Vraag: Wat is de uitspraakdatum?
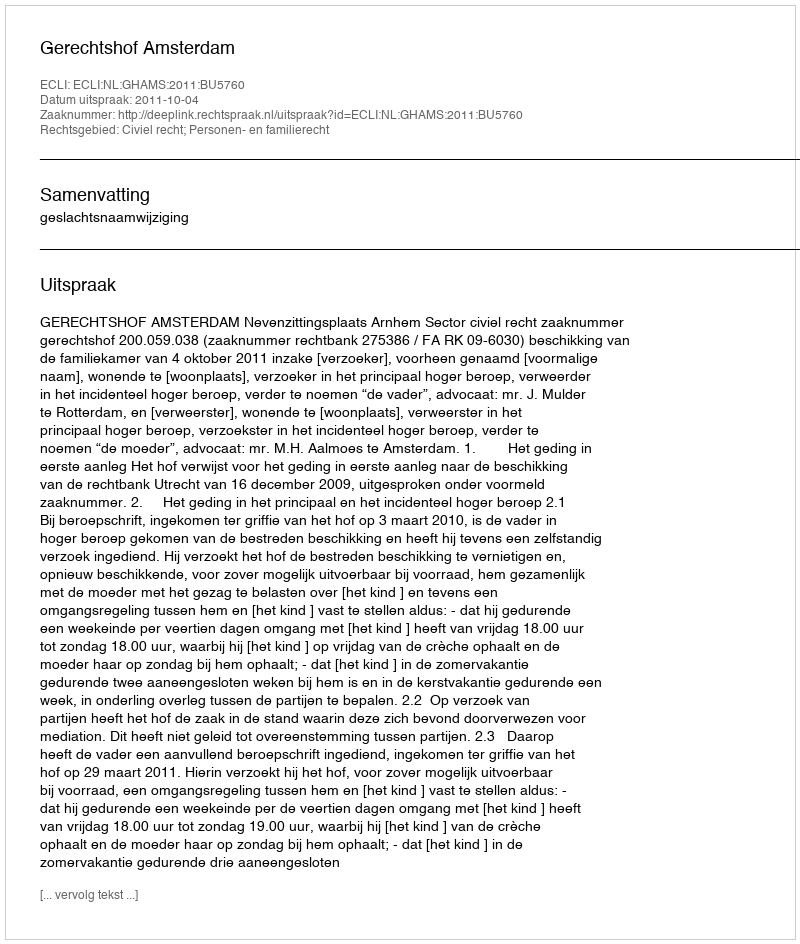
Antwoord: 2011-10-04